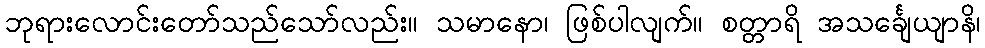
ဘုရားလောင်းတော်သည်သော်လည်း။ သမာနော၊ ဖြစ်ပါလျက်။ စတ္တာရိ အသင်္ချေယျာနိ၊